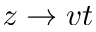
z \rightarrow v t